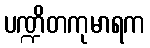
ပဏ္ဍိတကုမာရက